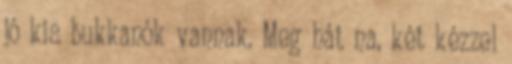
jó kis bukkanók vannak. Meg hát na, két kézzel